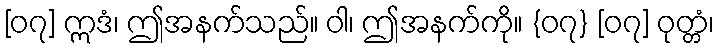
[၀၇] ဣဒံ၊ ဤအနက်သည်။ ဝါ၊ ဤအနက်ကို။ {၀၇} [၀၇] ဝုတ္တံ၊